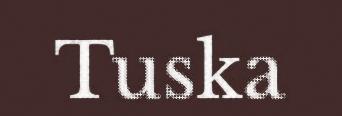
Tuska